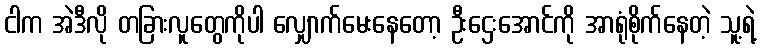
ငါက အဲဒီလို တခြားလူတွေကိုပါ လျှောက်မေးနေတော့ ဦးဌေးအောင်ကို အာရုံစိုက်နေတဲ့ သူ့ရဲ့